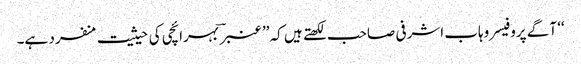
‘‘ آگے پروفیسر وہاب اشرفی صاحب لکھتے ہیں کہ ’’عنبر ؔ بہرائچی کی حیثیت منفرد ہے۔